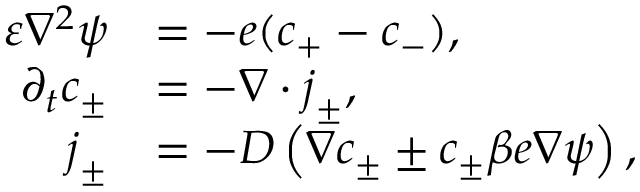
\begin{array} { r l } { \varepsilon \nabla ^ { 2 } \psi } & { = - e ( c _ { + } - c _ { - } ) , } \\ { \partial _ { t } c _ { \pm } } & { = - \boldsymbol { \nabla } \cdot \boldsymbol { j } _ { \pm } , } \\ { \boldsymbol { j } _ { \pm } } & { = - D \left( \boldsymbol { \nabla } c _ { \pm } \pm c _ { \pm } \beta e \boldsymbol { \nabla } \psi \right) , } \end{array}